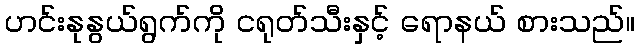
ဟင်းနုနွယ်ရွက်ကို ငရုတ်သီးနှင့် ရောနယ် စားသည်။